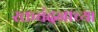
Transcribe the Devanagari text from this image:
रक्तचंदनाच्या